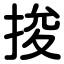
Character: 捘